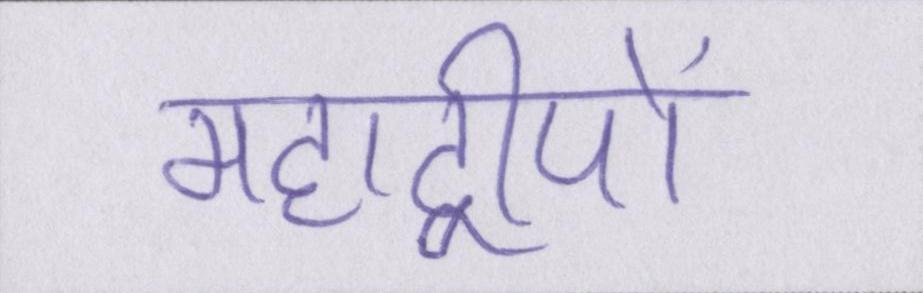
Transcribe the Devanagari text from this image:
महाद्वीपों